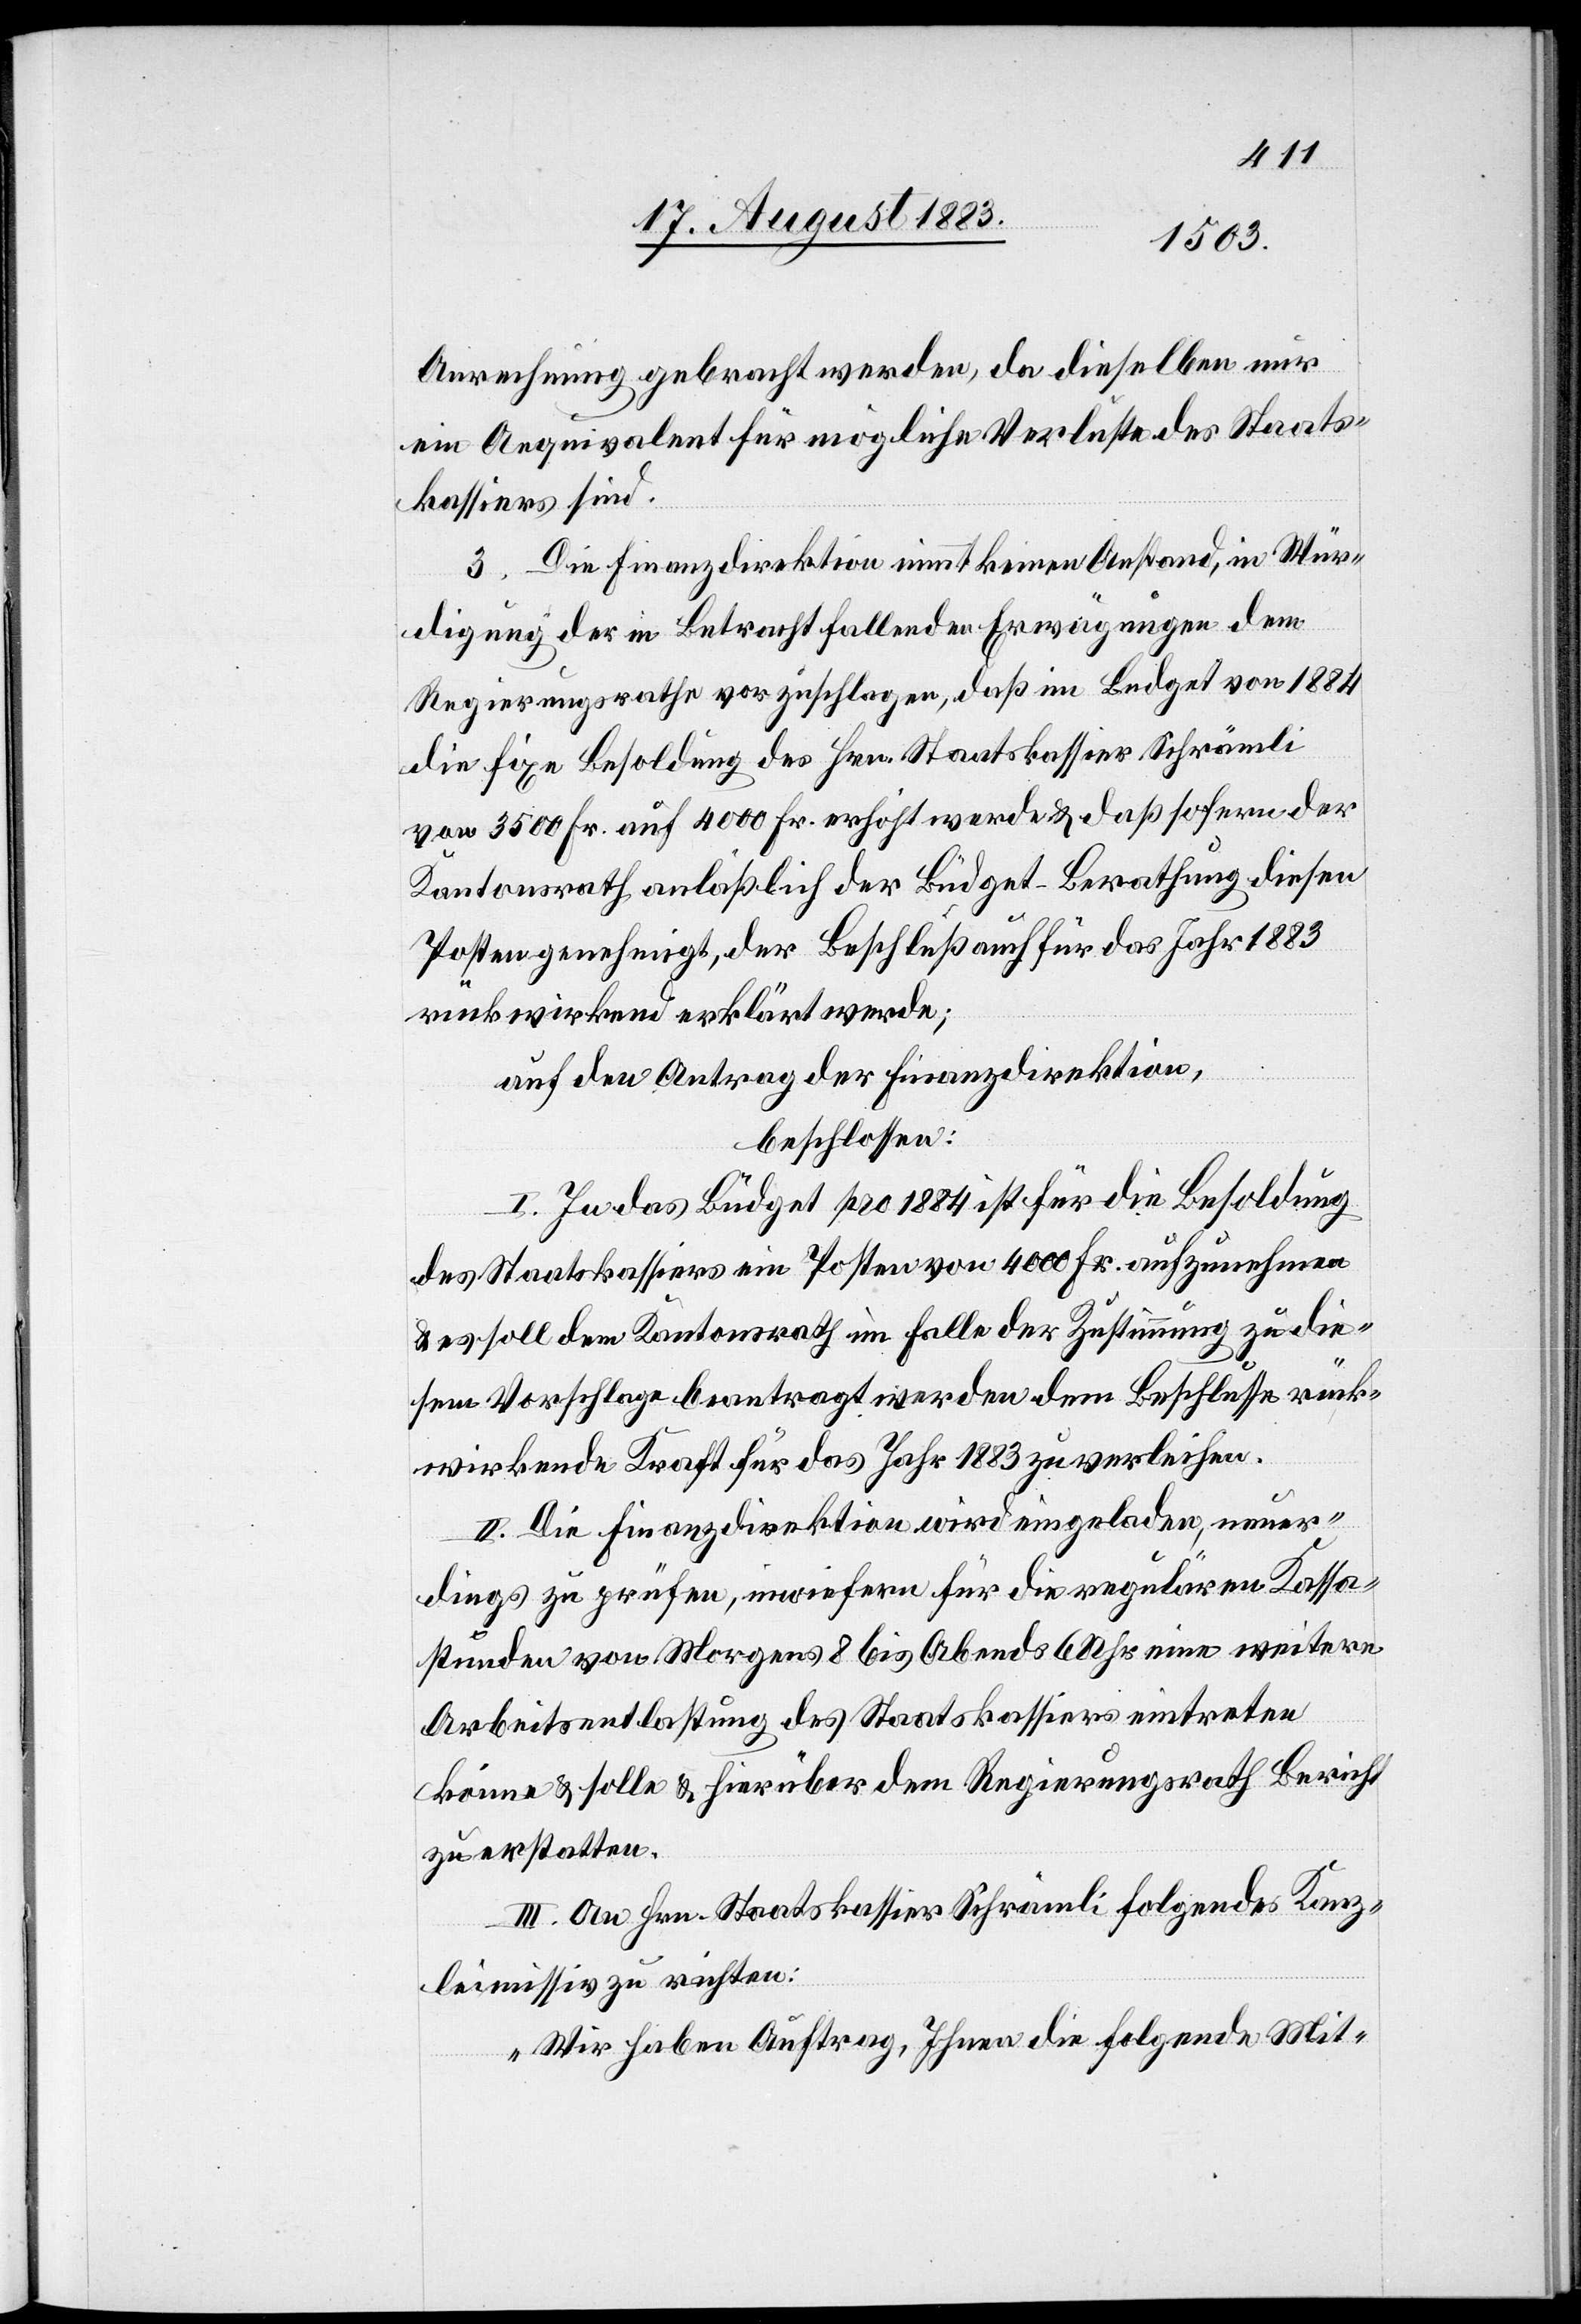
Anrechnung gebracht werden, da dieselben nur
ein Aequivalent für mögliche Verluste des Staats¬
kassiers sind.
3. Die Finanzdirektion nimmt keinen Anstand, in Wür¬
digung der in Betracht fallenden Erwägungen dem
Regierungsrathe vorzuschlagen, daß im Budget von 1884
die fixe Besoldung des Hrn. Staatskassier Schrämli
von 3500 Fr. auf 4000 Fr. erhöht werde & daß sofern der
Kantonsrath anläßlich der Büdget-Berathung diesen
Posten genehmigt, der Beschluß auch für das Jahr 1883
rückwirkend erklärt werde;
auf den Antrag der Finanzdirektion,
beschlossen:
I. In das Büdget pro 1884 ist für die Besoldung
des Staatskassiers ein Posten von 4000 Fr. aufzunehmen
& es soll dem Kantonsrath im Falle der Zustimmung zu die¬
sem Vorschlage beantragt werden dem Beschlusse rück¬
wirkende Kraft für das Jahr 1883 zu verleihen.
II. Die Finanzdirektion wird eingeladen, neuer¬
dings zu prüfen, inwiefern für die regulären Kassa¬
stunden von Morgens 8 bis Abends 6 Uhr eine weitere
Arbeitsentlastung des Staatskassiers eintreten
könne & solle & hierüber dem Regierungsrath Bericht
zu erstatten.
III. An Hrn. Staatskassier Schrämli folgendes Kanz¬
leimissiv zu richten:
„Wir haben Auftrag, Ihnen folgende Mit-